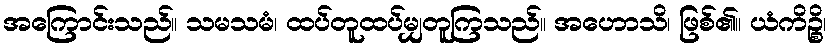
အကြောင်းသည်။ သမသမံ၊ ထပ်တူထပ်မျှတူကြသည်။ အဟောသိ၊ ဖြစ်၏။ ယံကိဉ္စိ၊